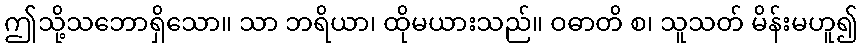
ဤသို့သဘောရှိသော။ သာ ဘရိယာ၊ ထိုမယားသည်။ ဝဓာတိ စ၊ သူသတ် မိန်းမဟူ၍